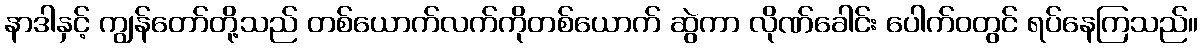
နာဒါနှင့် ကျွန်တော်တို့သည် တစ်ယောက်လက်ကိုတစ်ယောက် ဆွဲကာ လိုဏ်ခေါင်း ပေါက်ဝတွင် ရပ်နေကြသည်။